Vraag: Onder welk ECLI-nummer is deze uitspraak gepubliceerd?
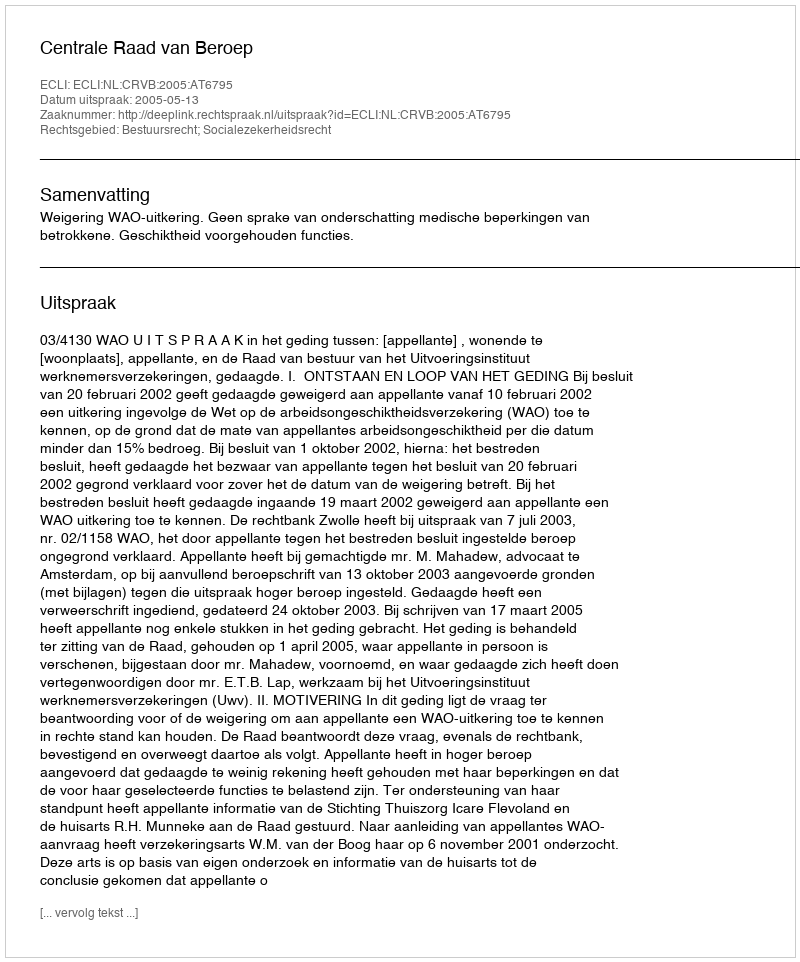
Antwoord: ECLI:NL:CRVB:2005:AT6795